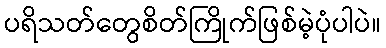
ပရိသတ်တွေစိတ်ကြိုက်ဖြစ်မဲ့ပုံပါပဲ။